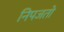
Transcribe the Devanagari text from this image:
निपजतो